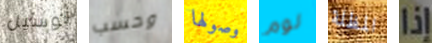
لوسيل وحسب وصولها لوم المظلة إذا